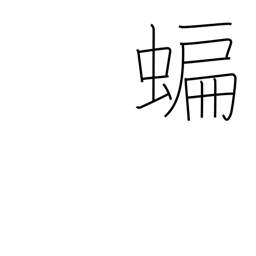
Meaning: bat